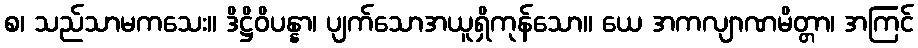
စ၊ သည်သာမကသေး။ ဒိဋ္ဌိဝိပန္နာ၊ ပျက်သောအယူရှိကုန်သော။ ယေ အကလျာဏမိတ္တာ၊ အကြင်